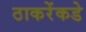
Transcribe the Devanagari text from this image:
ठाकरेंकडे